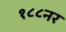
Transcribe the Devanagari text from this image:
१८८नर